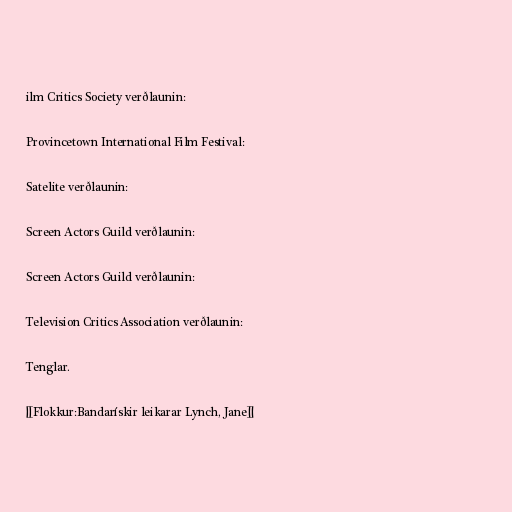
ilm Critics Society verðlaunin:

Provincetown International Film Festival:

Satelite verðlaunin:

Screen Actors Guild verðlaunin:

Screen Actors Guild verðlaunin:

Television Critics Association verðlaunin:

Tenglar.

[[Flokkur:Bandarískir leikarar Lynch, Jane]]